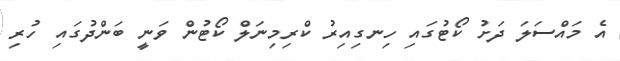
އެ މައްސަލަ ދަށު ކޯޓުގައި ހިނގިއިރު ކްރިމިނަލް ކޯޓުން ވަނީ ބަންދުގައި ހުރި